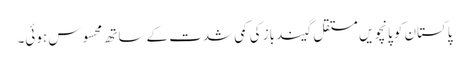
پاکستان کو پانچویں مستقل گیندباز کی کمی شدت کے ساتھ محسوس ہوئی۔